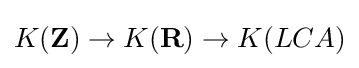
K(\mathbf {Z} )\to K(\mathbf {R} )\to K(LCA)